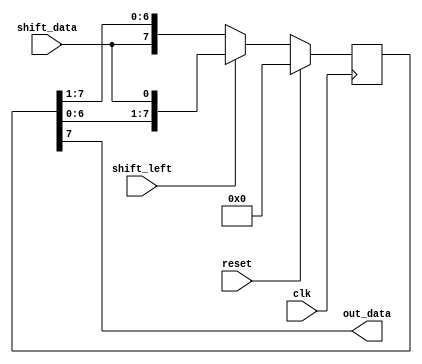
module siso_shift_register (
    input wire clk,
    input wire reset,
    input wire shift_left,
    input wire shift_data,
    output reg out_data
);

reg [7:0] register_data;

always @(posedge clk) begin
    if (reset) begin
        register_data <= 8'b0;
    end else begin
        if (shift_left) begin
            register_data <= {register_data[6:0], shift_data};
        end else begin
            register_data <= {shift_data, register_data[7:1]};
        end
    end
end

assign out_data = register_data[7];

endmodule